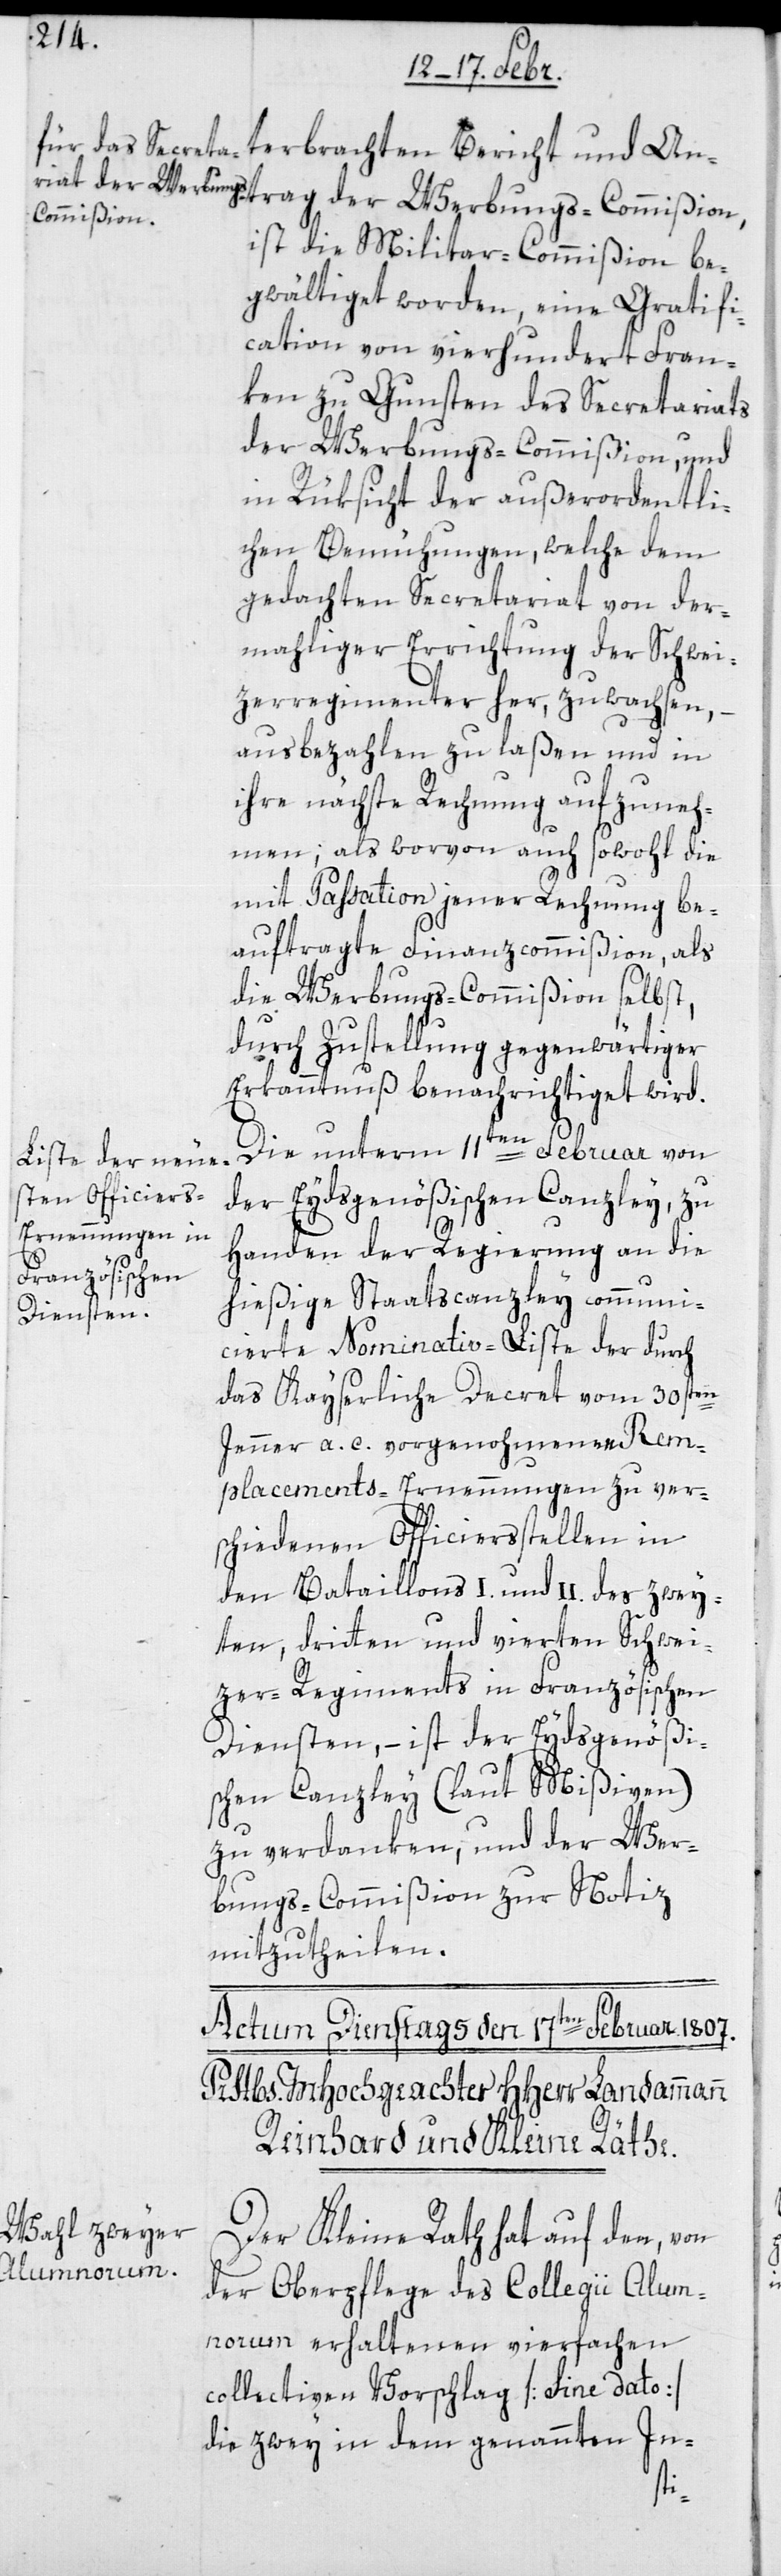
terbrachten Bericht und Ant¬
ist die Militar-Commißion be¬
gwältigt worden, eine Gratifi¬
cation von vierhundert Fran¬
ken zu Gunsten des Secretariats
der Werbungs-Commißion, und
in Rüksicht der außerordentli¬
chen Bemühungen, welche dem
gedachten Secretariat von der¬
mahliger Errichtung der Schwei¬
tzerregimenter her, zuwachsen, –
ausbezahlen zu laßen und in
ihre nächste Rechnung aufzuneh¬
men; als worvon auch sowohl die
mit Passation jener Rechnung be¬
auftragte Finanzcommißion, als
die Werbungs-Commißion selbst,
durch Zustellung gegenwärtiger
Erkanntnuß benachrichtiget wird.
Die unterm 11ten Februar von
der Eydsgenößischen Canzley zu
Handen der Regierung an die
hießige Staatscanzley communi¬
cierte Nominativ-Liste der durch
das Kayserliche Decret vom 30sten
Jenner a. c. vorgenommene Rem¬
placements-Ernennungen zu ver¬
schiedenen Officiersstellen in
den Bataillons I und II des zwey¬
ten, dritten und vierten Schwei¬
zer-Regiments in Französischen
Diensten, – ist der Eydsgenößi¬
schen Canzley (laut Mißiven)
zu verdanken, und der Wer¬
bungs-Commißion zur Notiz
mitzutheilen.
Der Kleine Rath hat auf den, von
der Oberpflege des Collegii Alum¬
norum erhaltenen vierfachen
collectiven Vorschlag [sine dato]
die zwey in dem genannten In-
rag